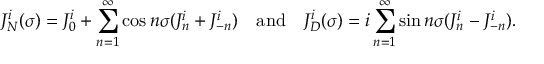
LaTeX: J _ { N } ^ { i } ( \sigma ) = J _ { 0 } ^ { i } + \sum _ { n = 1 } ^ { \infty } \cos n \sigma ( J _ { n } ^ { i } + J _ { - n } ^ { i } ) \quad \mathrm { a n d } \quad J _ { D } ^ { i } ( \sigma ) = i \sum _ { n = 1 } ^ { \infty } \sin n \sigma ( J _ { n } ^ { i } - J _ { - n } ^ { i } ) .